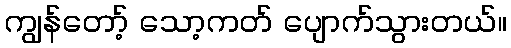
ကျွန်တော့် သော့ကတ် ပျောက်သွားတယ်။